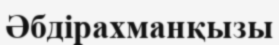
Әбдірахманқызы